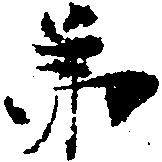
弟